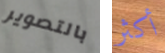
بالتصوير أكثر